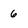
Character: 6